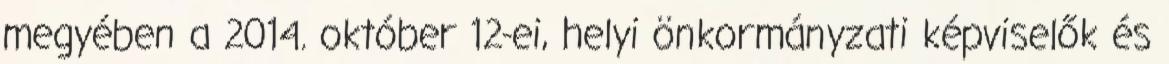
megyében a 2014. október 12-ei, helyi önkormányzati képviselők és